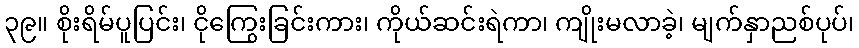
၃၉။ စိုးရိမ်ပူပြင်း၊ ငိုကြွေးခြင်းကား၊ ကိုယ်ဆင်းရဲကာ၊ ကျိုးမလာခဲ့၊ မျက်နှာညစ်ပုပ်၊